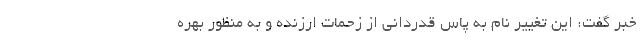
خبر گفت: این تغییر نام به پاس قدردانی از زحمات ارزنده و به منظور بهره